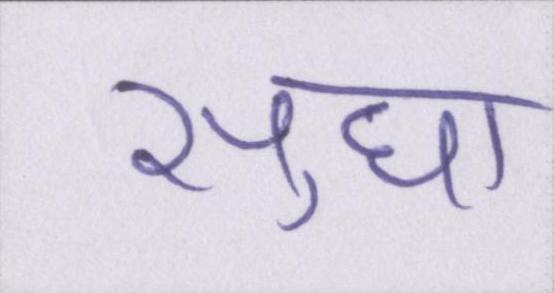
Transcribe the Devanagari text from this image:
सुधा